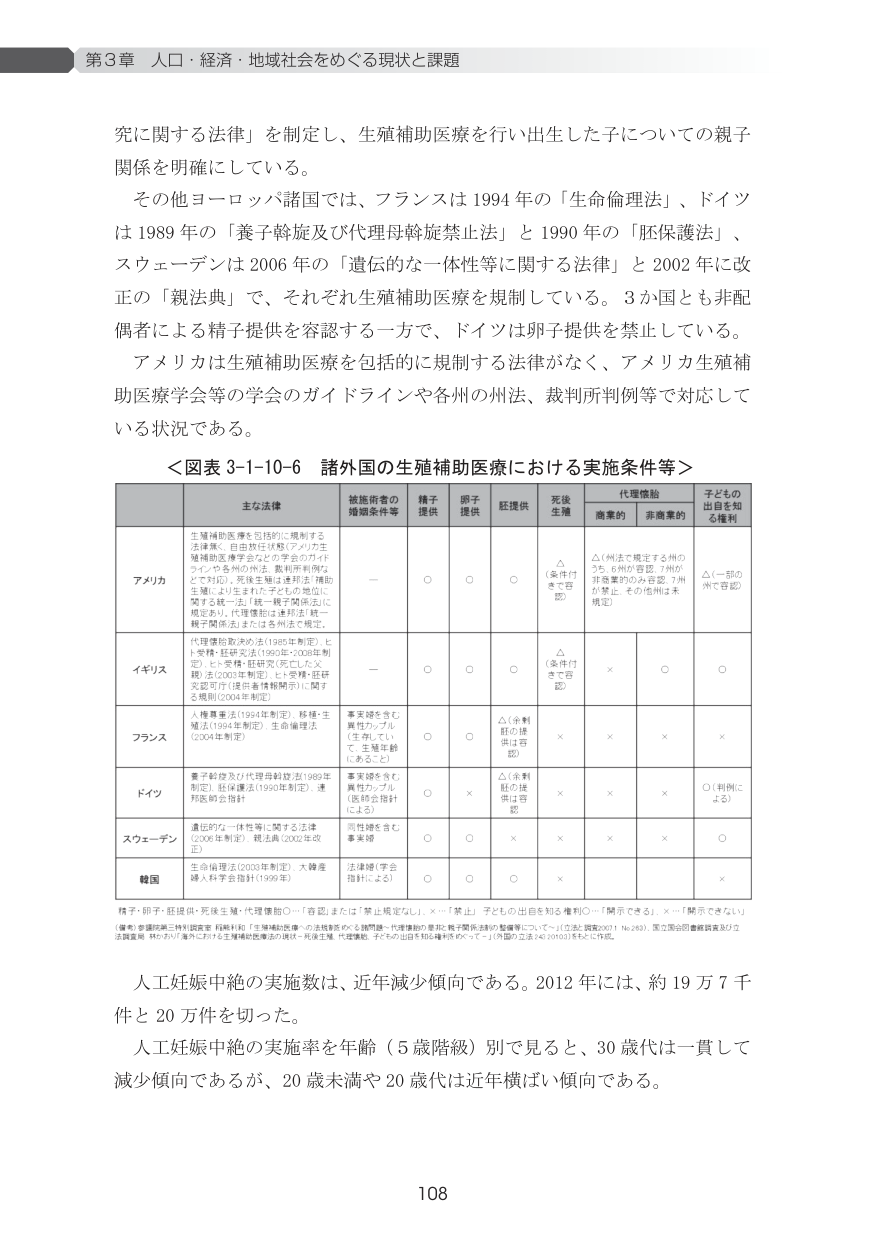
第3章 人口・経済・地域社会をめぐる現状と課題

究に関する法律」を制定し、生殖補助医療を行わせた子についての親子関係を明確にしている。

その他ヨーロッパ諸国では、フランスは1994年の「生命倫理法」、ドイツは1989年の「養子斡旋及び代理母斡旋禁止法」と1990年の「胚保護法」、スウェーデンは2006年の「遺伝的な一体性等に関する法律」と2002年に改正の「親法典」で、それぞれ生殖補助医療を規制している。3か国とも非配偶者による精子提供を容認する一方で、ドイツは卵子提供を禁止している。

アメリカは生殖補助医療を包括的に規制する法律がなく、アメリカ生殖補助医療学会等の学会のガイドラインや各州の州法、裁判所判例等で対応している状況である。

＜図表3-1-10-6 諸外国の生殖補助医療における実施条件等＞

| | 主な法律 | 被施術者の婚姻条件等 | 精子提供 | 卵子提供 | 胚提供 | 死後生殖 | 代理懐胎 | 子どもの出自を知る権利 |
|---|---|---|---|---|---|---|---|---|
| | | | | | | | 商業的 | 非商業的 |
| アメリカ | 生殖補助医療を包括的に規制する法律無く、自由放任状態（アメリカ生殖補助医療学会などの学会のガイドラインや各州の州法、裁判所判例などで対応）。死後生殖は連邦法「補助生殖における生体の子どもの地位に関する法律」法「親子関係法」に規定あり。代理懐胎は連邦法「統一親子関係法」または各州法で規定。 | — | ○ | ○ | ○ | △（条件付きで容認） | △（州法で規定する州のうち、6州が容認。7州が非商業的のみ容認。7州が禁止。その他州は未規定） | △（一部の州で容認） |
| イギリス | 代理懐胎取決め法（1985年制定）と「受精・胚研究法（1990年・2008年制定）」と「受精・胚研究（死亡した父親）法（2003年制定）」と「受精・胚研究法の付（提供者情報開示）に関する規則（2004年制定）」 | — | ○ | ○ | ○ | △（条件付きで容認） | × | ○ |
| フランス | 人権尊重法（1994年制定）、移植・生殖法（1994年制定）、生命倫理法（2004年制定） | 事実婚を含む異性カップル（生前していて、生殖年齢にあること） | ○ | ○ | △（余剰胚の提供は容認） | × | × | × |
| ドイツ | 妻子斡旋及び代理母斡旋禁止法（1989年制定）、胚保護法（1990年制定）、連邦医師会指針 | 事実婚を含む異性カップル（医師会指針による） | ○ | × | △（余剰胚の提供は容認） | × | × | × |
| スウェーデン | 遺伝的な一体性等に関する法律（2006年制定）、親法典（2002年改正） | 同性婚を含む事実婚 | ○ | ○ | × | × | × | ○ |
| 韓国 | 生命倫理法（2003年制定）、大韓医師人科学会指針（1999年） | 法律婚（学会指針による） | ○ | ○ | ○ | × | × | × |

精子・卵子・胚提供・死後生殖・代理懐胎○「容認」または「禁止規定なし」、×「禁止」子どもの出自を知る権利○「開示できる」、×「開示できない」

（資料）参議院第三特別委員会「妊娠中絶」「生殖補助医療」の法規制をめぐる諸問題・代理懐胎の是非と親子関係法制の整備等について～（立法調査2001 No.248）、国立国会図書館資料及び立法調査局「わが国における生殖補助医療法の現状・将来計画、代理懐胎、子どもの出自を知る権利等について」（内閣府立法248（2002））をもとに作成。

人工妊娠中絶の実施数は、近年減少傾向である。2012年には、約19万7千件と20万件を切った。

人工妊娠中絶の実施率を年齢（5歳階級）別に見ると、30歳代は一貫して減少傾向であるが、20歳未満や20歳代は近年横ばい傾向である。

108